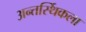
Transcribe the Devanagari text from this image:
अन्तर्स्थिकला